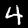
Digit: 4